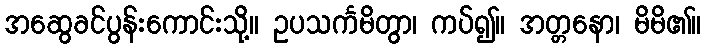
အဆွေခင်ပွန်းကောင်းသို့။ ဥပသင်္ကမိတွာ၊ ကပ်၍။ အတ္တနော၊ မိမိ၏။